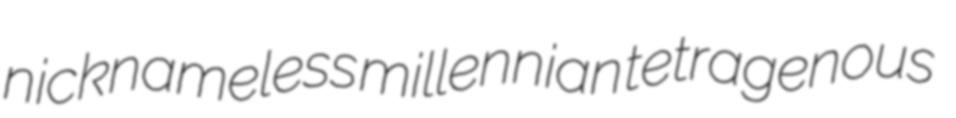
nicknameless millennian tetragenous